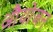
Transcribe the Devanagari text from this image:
औयोजन